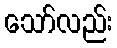
သော်လည်း